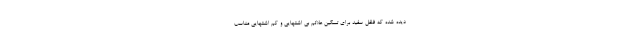
دیده شده که فلفل سفید برای تسکین علائم بی اشتهایی و کم اشتهایی مناسب